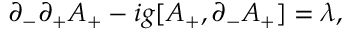
\partial _ { - } \partial _ { + } A _ { + } - i g [ A _ { + } , \partial _ { - } A _ { + } ] = \lambda ,